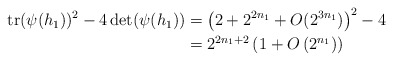
\begin{align*}\begin{aligned}\operatorname{tr}(\psi(h_1))^2-4\det(\psi(h_1)) & =\left(2+2^{2n_1}+O(2^{3n_1})\right)^2-4 \\ & = 2^{2n_1+2} \left( 1+ O\left(2^{n_1} \right) \right)\end{aligned}\end{align*}